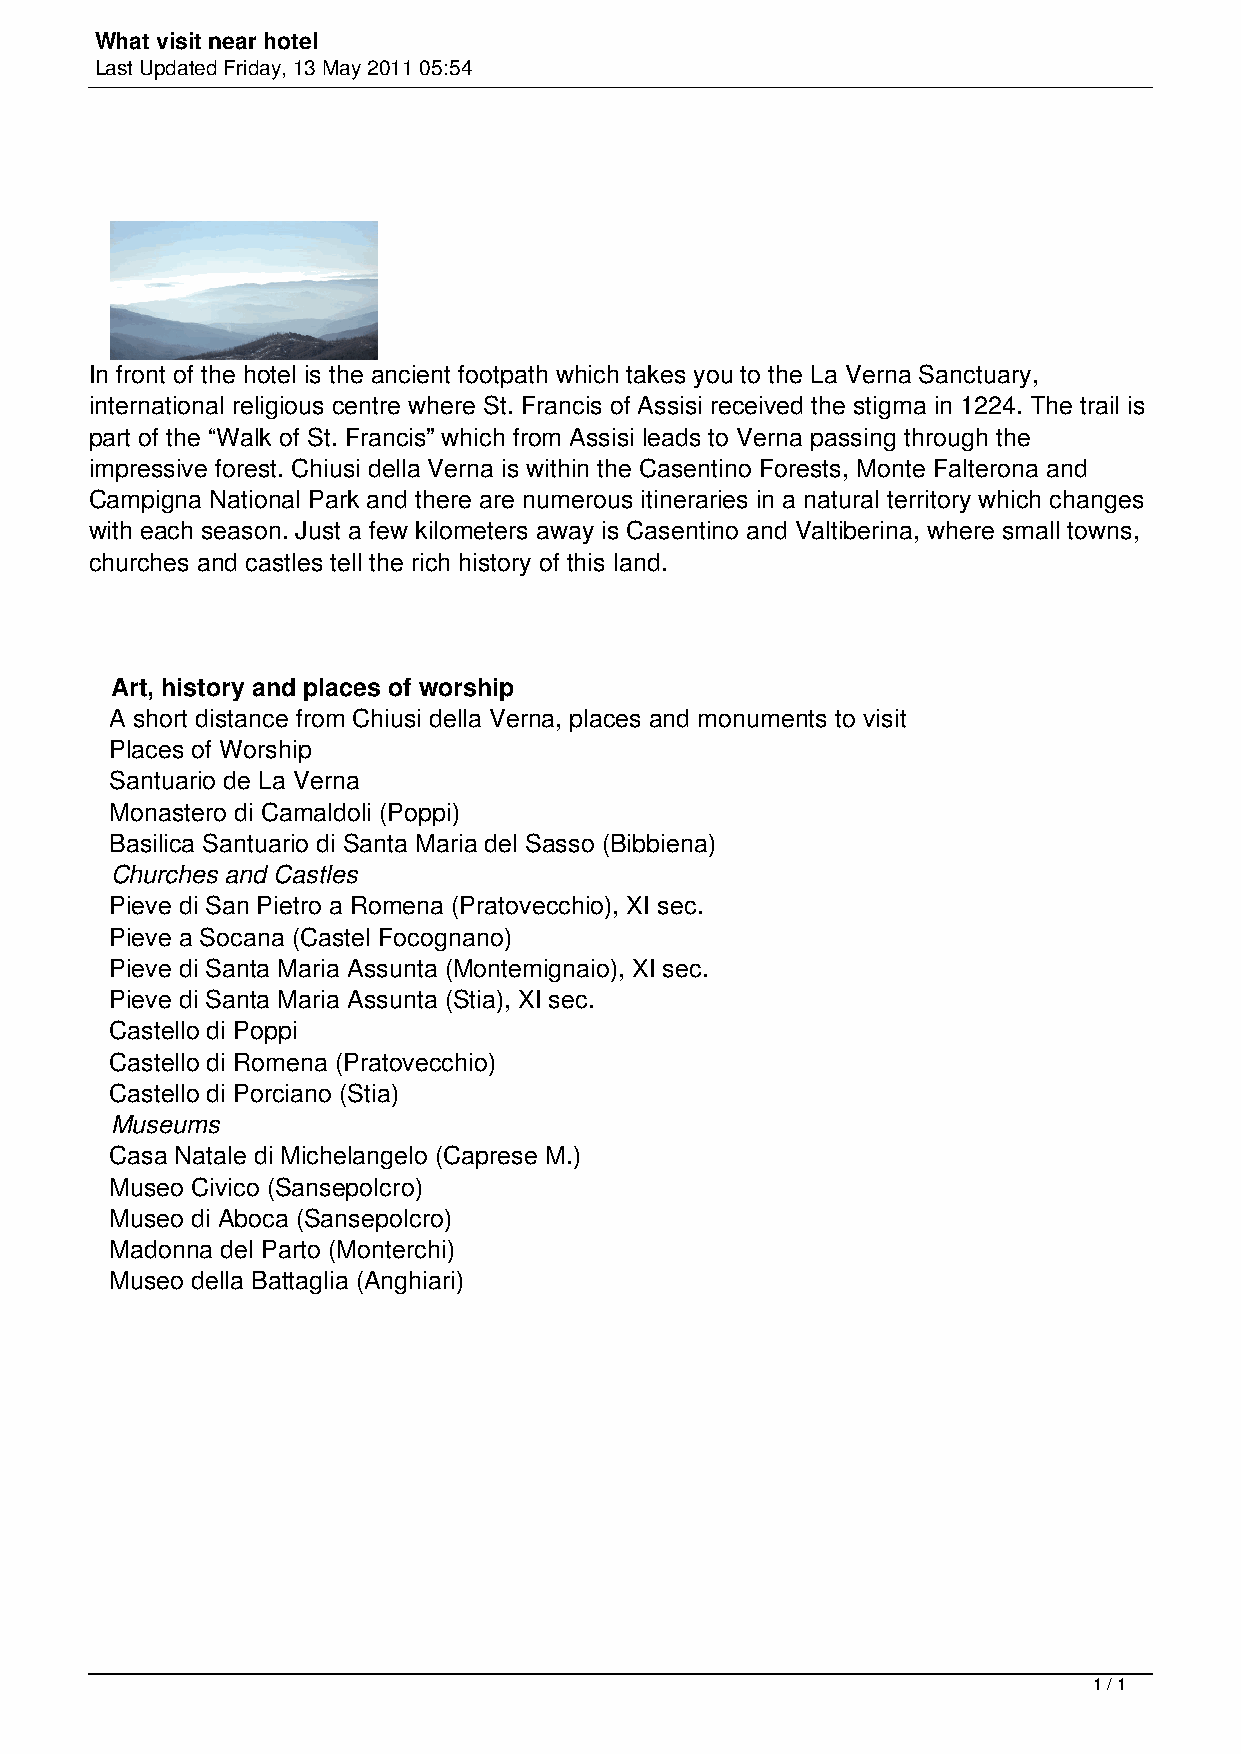
What visit near hotel
 Last Updated Friday, 13 May 2011 05:54
 In front of the hotel is the ancient footpath which takes you to the La Verna Sanctuary,
 international religious centre where St. Francis of Assisi received the stigma in 1224. The trail is
 part of the “Walk of St. Francis” which from Assisi leads to Verna passing through the
 impressive forest. Chiusi della Verna is within the Casentino Forests, Monte Falterona and
 Campigna National Park and there are numerous itineraries in a natural territory which changes
 with each season. Just a few kilometers away is Casentino and Valtiberina, where small towns,
 churches and castles tell the rich history of this land.
 Art, history and places of worship
 A short distance from Chiusi della Verna, places and monuments to visit
 Places of Worship
 Santuario de La Verna
 Monastero di Camaldoli (Poppi)
 Basilica Santuario di Santa Maria del Sasso (Bibbiena)
 Churches and Castles
 Pieve di San Pietro a Romena (Pratovecchio), XI sec.
 Pieve a Socana (Castel Focognano)
 Pieve di Santa Maria Assunta (Montemignaio), XI sec.
 Pieve di Santa Maria Assunta (Stia), XI sec.
 Castello di Poppi
 Castello di Romena (Pratovecchio)
 Castello di Porciano (Stia)
 Museums
 Casa Natale di Michelangelo (Caprese M.)
 Museo Civico (Sansepolcro)
 Museo di Aboca (Sansepolcro)
 Madonna del Parto (Monterchi)
 Museo della Battaglia (Anghiari)
 1 / 1